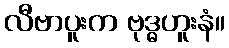
လီဗာပူးက ဗုဒ္ဓဟူးနံ။